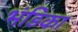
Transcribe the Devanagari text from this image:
भंडिका